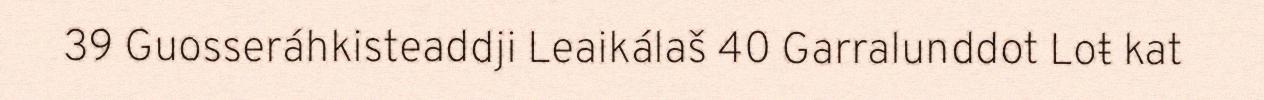
39 Guosseráhkisteaddji Leaikálaš 40 Garralunddot Loŧ kat